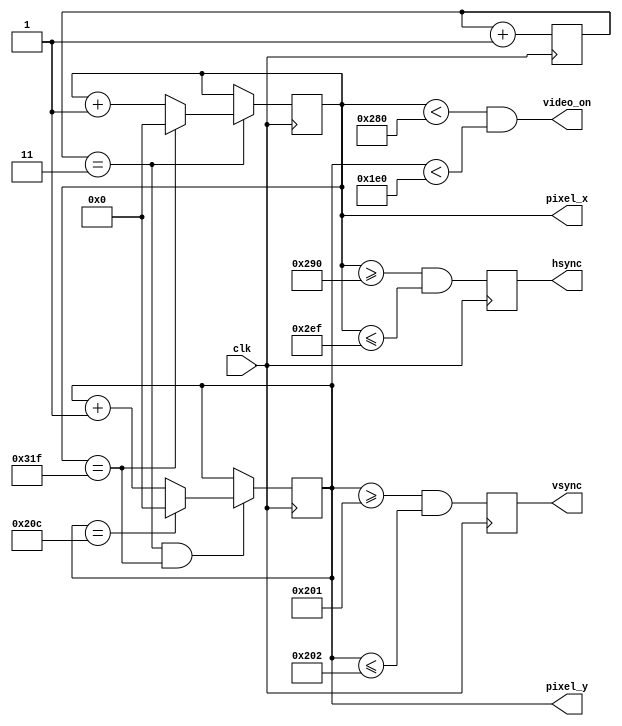
`timescale 1ns / 1ps
//////////////////////////////////////////////////////////////////////////////////
// Company: 
// Engineer: 
// 
// Design Name: 
// Module Name:    vga_sync 
// Project Name: 
// Target Devices: 
// Tool versions: 
// Description: 
//
// Dependencies: 
//
// Revision: 
// Revision 0.01 - File Created
// Additional Comments: 
//
//////////////////////////////////////////////////////////////////////////////////
module vga_sync(
  input wire clk,
    output wire hsync, vsync, video_on, //p_tick,
    output wire [9:0] pixel_x, pixel_y
   );

   // constant declaration
   // VGA 640-by-480 sync parameters
   localparam HD = 640; // horizontal display area
   localparam HF = 48 ; // h. front (left) border
   localparam HB = 16 ; // h. back (right) border
   localparam HR = 96 ; // h. retrace
   localparam VD = 480; // vertical display area
   localparam VF = 10;  // v. front (top) border
   localparam VB = 33;  // v. back (bottom) border
   localparam VR = 2;   // v. retrace

////////Esto se documento para generar un mod-4 que se encarga de realizar la division de frecuencia

   // mod-2 counter
  // reg mod2_reg;
  // wire mod2_next;
  
  
   // sync counters
   reg [9:0] h_count_reg, h_count_next;
   reg [9:0] v_count_reg, v_count_next;
   // output buffer
   reg v_sync_reg, h_sync_reg;
   wire v_sync_next, h_sync_next;
   // status signal
   wire h_end, v_end;// pixel_tick;

   // body
   // registers
   always @(posedge clk)
         begin
           // mod2_reg <= mod2_next;
            v_count_reg <= v_count_next;
            h_count_reg <= h_count_next;
            v_sync_reg <= v_sync_next;
            h_sync_reg <= h_sync_next;
         end

   // mod-2 circuit to generate 25 MHz enable tick
  // assign mod2_next = ~mod2_reg;
  // assign pixel_tick = mod2_reg;
  
  //Esto de aqui se encarga de realizar el divisor de frecuencia
  reg[1:0] count;
  always@(posedge clk) count <= count + 2'd1;
  wire en4 = (count[1:0] == 2'b11);

   // status signals
   // end of horizontal counter (799)
   assign h_end = (h_count_reg==(HD+HF+HB+HR-1));
   // end of vertical counter (524)
   assign v_end = (v_count_reg==(VD+VF+VB+VR-1));

   // next-state logic of mod-800 horizontal sync counter
   always @*
      if (en4)  // 25 MHz pulse
         if (h_end)
            h_count_next = 10'd0;
         else
            h_count_next = h_count_reg + 10'd1;
      else
         h_count_next = h_count_reg;

   // next-state logic of mod-525 vertical sync counter
   always @*
      if (en4 & h_end)
         if (v_end)
            v_count_next = 10'd0;
         else
            v_count_next = v_count_reg + 10'd1;
      else
         v_count_next = v_count_reg;

   // horizontal and vertical sync, buffered to avoid glitch
   // h_sync_next asserted between 656 and 751
   assign h_sync_next = (h_count_reg>=(HD+HB) &&
                         h_count_reg<=(HD+HB+HR-1));
   // vh_sync_next asserted between 490 and 491
   assign v_sync_next = (v_count_reg>=(VD+VB) &&
                         v_count_reg<=(VD+VB+VR-1));

   // video on/off
   assign video_on = (h_count_reg<HD) && (v_count_reg<VD);

   // output
   assign hsync = h_sync_reg;
   assign vsync = v_sync_reg;
   assign pixel_x = h_count_reg;
   assign pixel_y = v_count_reg;
   //assign p_tick = en4;

endmodule